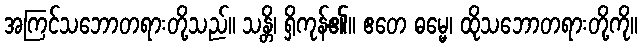
အကြင်သဘောတရားတို့သည်။ သန္တိ၊ ရှိကုန်၏။ ဧတေ ဓမ္မေ၊ ထိုသဘောတရားတို့ကို။